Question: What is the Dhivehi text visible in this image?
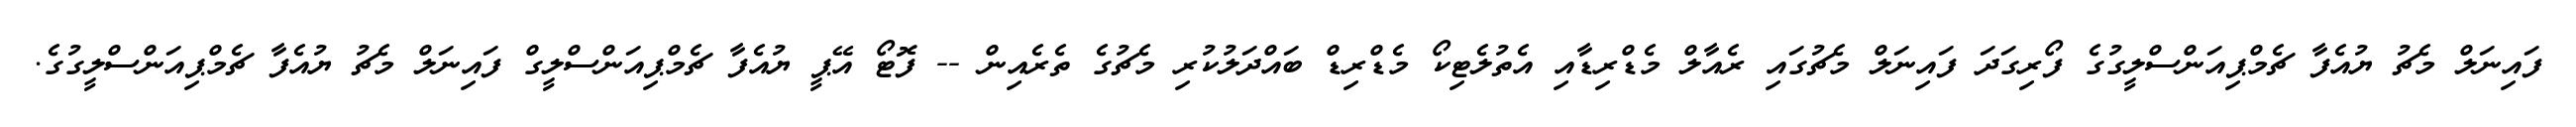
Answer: ފައިނަލް މެޗު ޔުއެފާ ޗެމްޕިއަންސްލީގުގެ ފޯރިގަދަ ފައިނަލް މެޗުގައި ރެއާލް މެޑްރިޑާއި އެތުލެޓިކޯ މެޑްރިޑް ބައްދަލުކުރި މެޗުގެ ތެރެއިން -- ފޮޓޯ އޭޕީ ޔުއެފާ ޗެމްޕިއަންސްލީގް ފައިނަލް މެޗު ޔުއެފާ ޗެމްޕިއަންސްލީގުގެ.